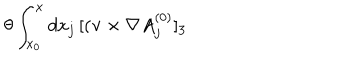
LaTeX: \theta \int _ { x _ { 0 } } ^ { x } d x _ { j } \, [ ( { \bf v } \times \nabla A _ { j } ^ { ( 0 ) } ] _ { 3 }